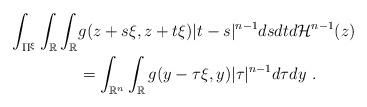
LaTeX: \begin{align*}\int_{\Pi^{\xi}}\int_{\mathbb{R}}\int_{\mathbb{R}} & g(z+s\xi,z+t\xi)|t-s|^{n-1}dsdtd\mathcal{H}^{n-1}(z)\\& =\int_{\mathbb{R}^{n}}\int_{\mathbb{R}}g(y-\tau\xi,y)|\tau|^{n-1}d\tau dy~.\end{align*}